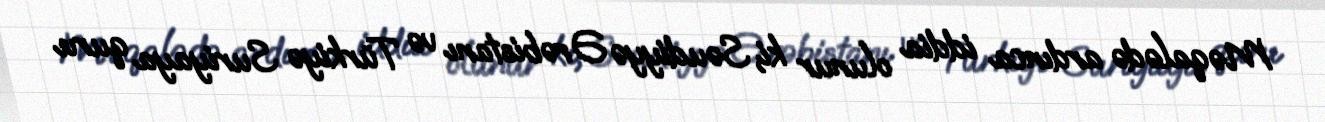
Məqalədə ardınca iddia olunur ki, Səudiyyə Ərəbistanı və Türkiyə Suriyaya quru